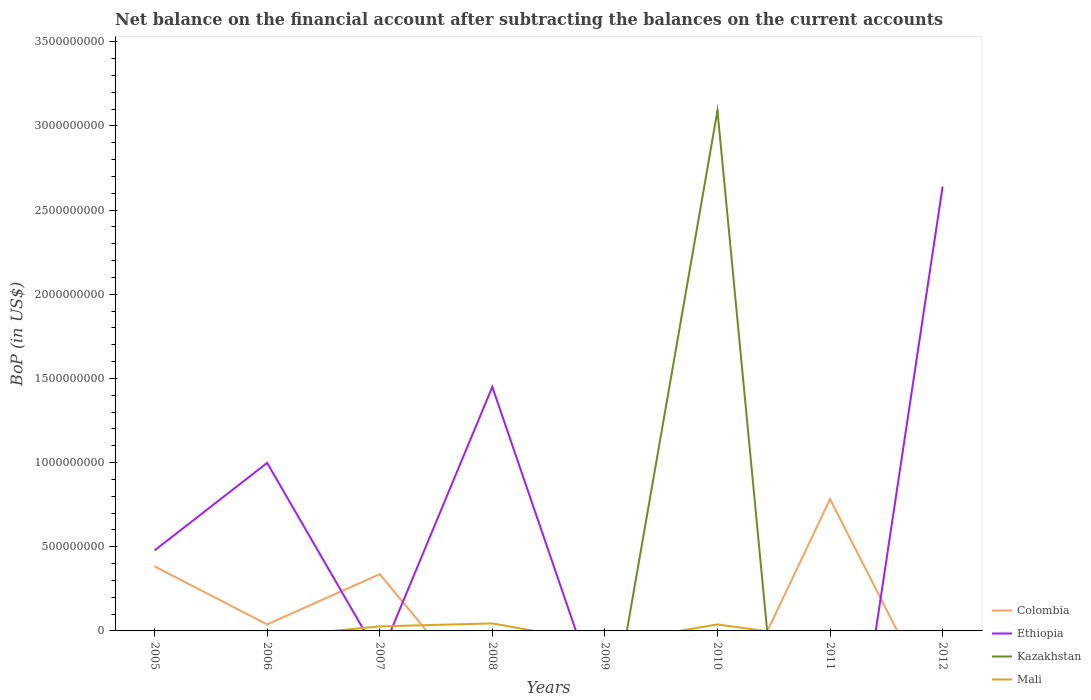
| Years | Colombia | Ethiopia | Kazakhstan | Mali |
 | --- | --- | --- | --- | --- |
 | 2005 | 3.84e+08 | 4.78e+08 | -1.81e+09 | -2.41e+07 |
 | 2006 | 3.87e+07 | 9.98e+08 | -3.13e+09 | -3.74e+07 |
 | 2007 | 3.37e+08 | -1.58e+08 | -2.94e+09 | 2.7e+07 |
 | 2008 | -4.71e+08 | 1.45e+09 | -5.71e+09 | 4.45e+07 |
 | 2009 | -4.15e+08 | -5.01e+08 | -7.5e+08 | -7.42e+07 |
 | 2010 | -6.25e+08 | -3.08e+09 | 3.09e+09 | 3.84e+07 |
 | 2011 | 7.83e+08 | -1.8e+09 | -3.91e+09 | -5.34e+07 |
 | 2012 | -5.27e+08 | 2.64e+09 | -4.47e+09 | -2.05e+07 |